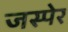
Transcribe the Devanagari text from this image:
जस्पेर